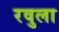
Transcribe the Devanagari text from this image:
रवुला